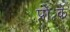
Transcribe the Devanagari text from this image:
प्रो॰के